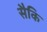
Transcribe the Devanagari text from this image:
सैकि